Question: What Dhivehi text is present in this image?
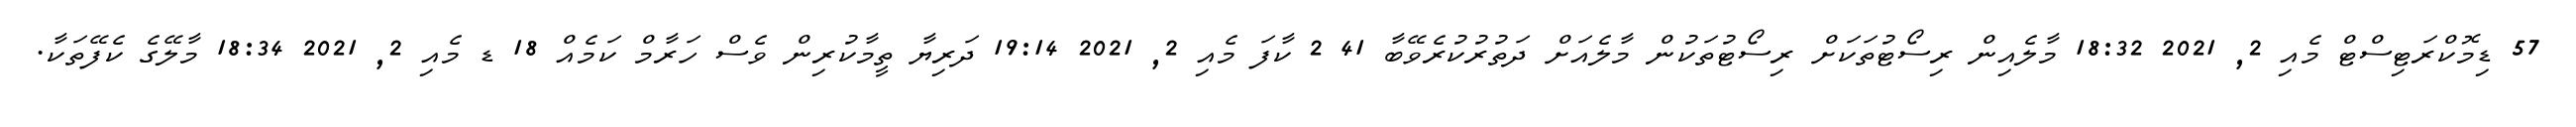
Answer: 57 ޑިމޮކްރަޓިސްޓް މެއި 2, 2021 18:32 މާލެއިން ރިސޯޓުތަކަށް ރިސޯޓުތަކުން މާލެއަށް ދަތުރުކުރެވޭބާ 41 2 ކާފަ މެއި 2, 2021 19:14 ދަރިޔާ ތީމާކުރިން ވެސް ހަރާމް ކަމެއް 18 ޑ މެއި 2, 2021 18:34 މާލޭގެ ކެފޭތަކާ.